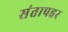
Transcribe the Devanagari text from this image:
संतापहर